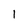
Character: 1